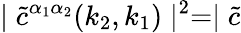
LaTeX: \mid\widetilde{c}^{\alpha_{1}\alpha_{2}}(k_{2},k_{1})\mid^{2}=\mid\widetilde{c}